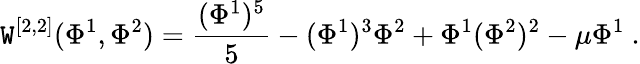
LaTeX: \mathtt{W}^{[2,2]}(\Phi^{1},\Phi^{2})={\frac{{(\Phi^{1})^{5}}}{{5}}}-(\Phi^{1})^{3}\Phi^{2}+\Phi^{1}(\Phi^{2})^{2}-\mu\Phi^{1}~.